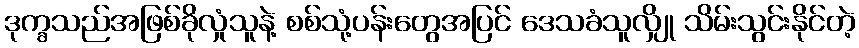
ဒုက္ခသည်အဖြစ်ခိုလှုံသူနဲ့ စစ်သုံ့ပန်းတွေအပြင် ဒေသခံသူလျှို သိမ်းသွင်းနိုင်တဲ့